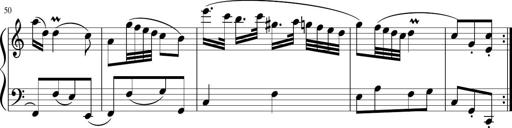
Title: 12 Keyboard Sonatinas
Composer: James Hook